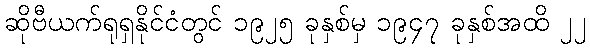
ဆိုဗီယက်ရုရှနိုင်ငံတွင် ၁၉၂၅ ခုနှစ်မှ ၁၉၄၇ ခုနှစ်အထိ ၂၂